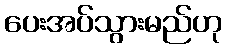
ပေးအပ်သွားမည်ဟု